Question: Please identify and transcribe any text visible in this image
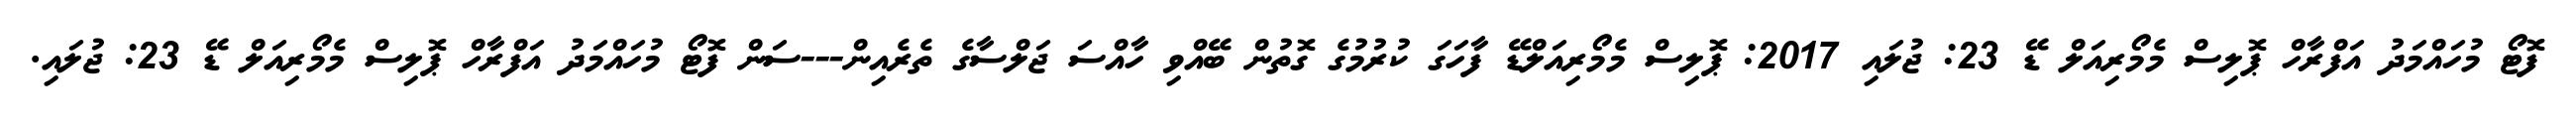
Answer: ފޮޓޯ މުހައްމަދު އަފްރާހް ޕޮލިސް މެމޯރިއަލް ޑޭ 23: ޖުލައި 2017: ޕޮލިސް މެމޯރިއަލްޑޭ ފާހަގަ ކުރުމުގެ ގޮތުން ބޭއްވި ހާއްސަ ޖަލްސާގެ ތެރެއިން---ސަން ފޮޓޯ މުހައްމަދު އަފްރާހް ޕޮލިސް މެމޯރިއަލް ޑޭ 23: ޖުލައި.